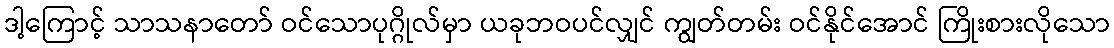
ဒါ့ကြောင့် သာသနာတော် ဝင်သောပုဂ္ဂိုလ်မှာ ယခုဘဝပင်လျှင် ကျွတ်တမ်း ဝင်နိုင်အောင် ကြိုးစားလိုသော